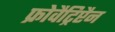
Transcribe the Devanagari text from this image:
फ्रोवैट्रिप्टैन